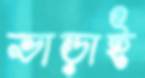
ভাড়াই